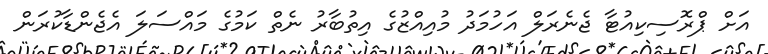
އަށް ޕްރޮސިކިއުޓާ ޖެނެރަލް އަހުމަދު މުއިއްޒުގެ އިތުބާރު ނެތް ކަމުގެ މައްސަލަ އެޖެންޑާކުރަން